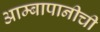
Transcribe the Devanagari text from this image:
आम्बापानीची